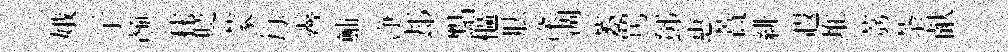
娥亍颜秣貶蒙每霽鯆浄𨚫點樞胠深凋萎罵鄧惠蕡緋遐堆荔荼献